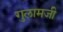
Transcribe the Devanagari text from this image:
गुलामजी